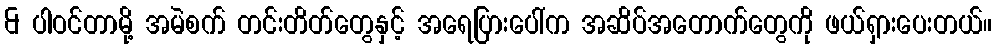
& ပါဝင်တာမို့ အမဲစက် တင်းတိတ်တွေနှင့် အရေပြားပေါ်က အဆိပ်အတောက်တွေကို ဖယ်ရှားပေးတယ်။